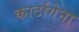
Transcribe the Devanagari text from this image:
कार्टागेना